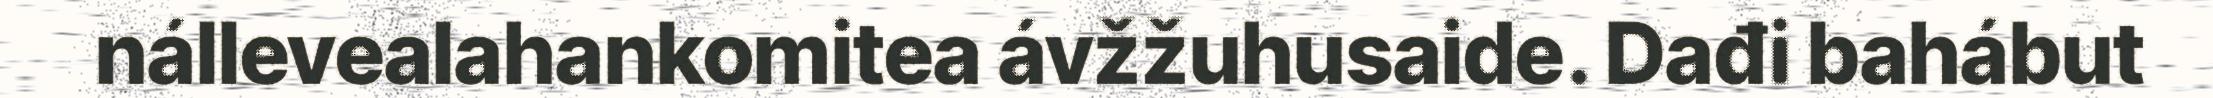
nállevealahankomitea ávžžuhusaide. Dađi bahábut